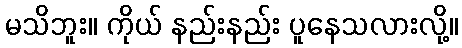
မသိဘူး။ ကိုယ် နည်းနည်း ပူနေသလားလို့။